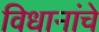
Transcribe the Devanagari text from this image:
विधानांचे